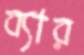
ব্যার